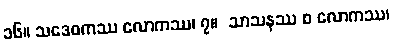
၁၆။ သဒေဝကဿ လောကဿ၊ ၇။  သာသနဿ စ လောကဿ၊